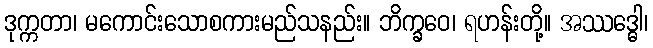
ဒုက္ကတာ၊ မကောင်းသောစကားမည်သနည်း။ ဘိက္ခဝေ၊ ရဟန်းတို့။ အဿဒ္ဓေါ၊